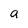
Character: a